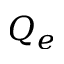
Q _ { e }